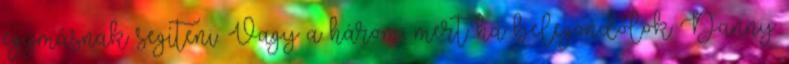
egymásnak segíteni. Vagy a három, mert ha belegondolok Danny